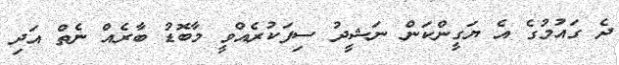
ދެ ގައުމުގެ އެ ޔަގީންކަން ނަޝީދު ސިފަކުރެއްވީ މާބޮޑު ބާރެއް ނެތް އަދި